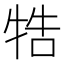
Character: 牿